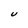
Character: U